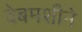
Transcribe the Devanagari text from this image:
वेबमशीने